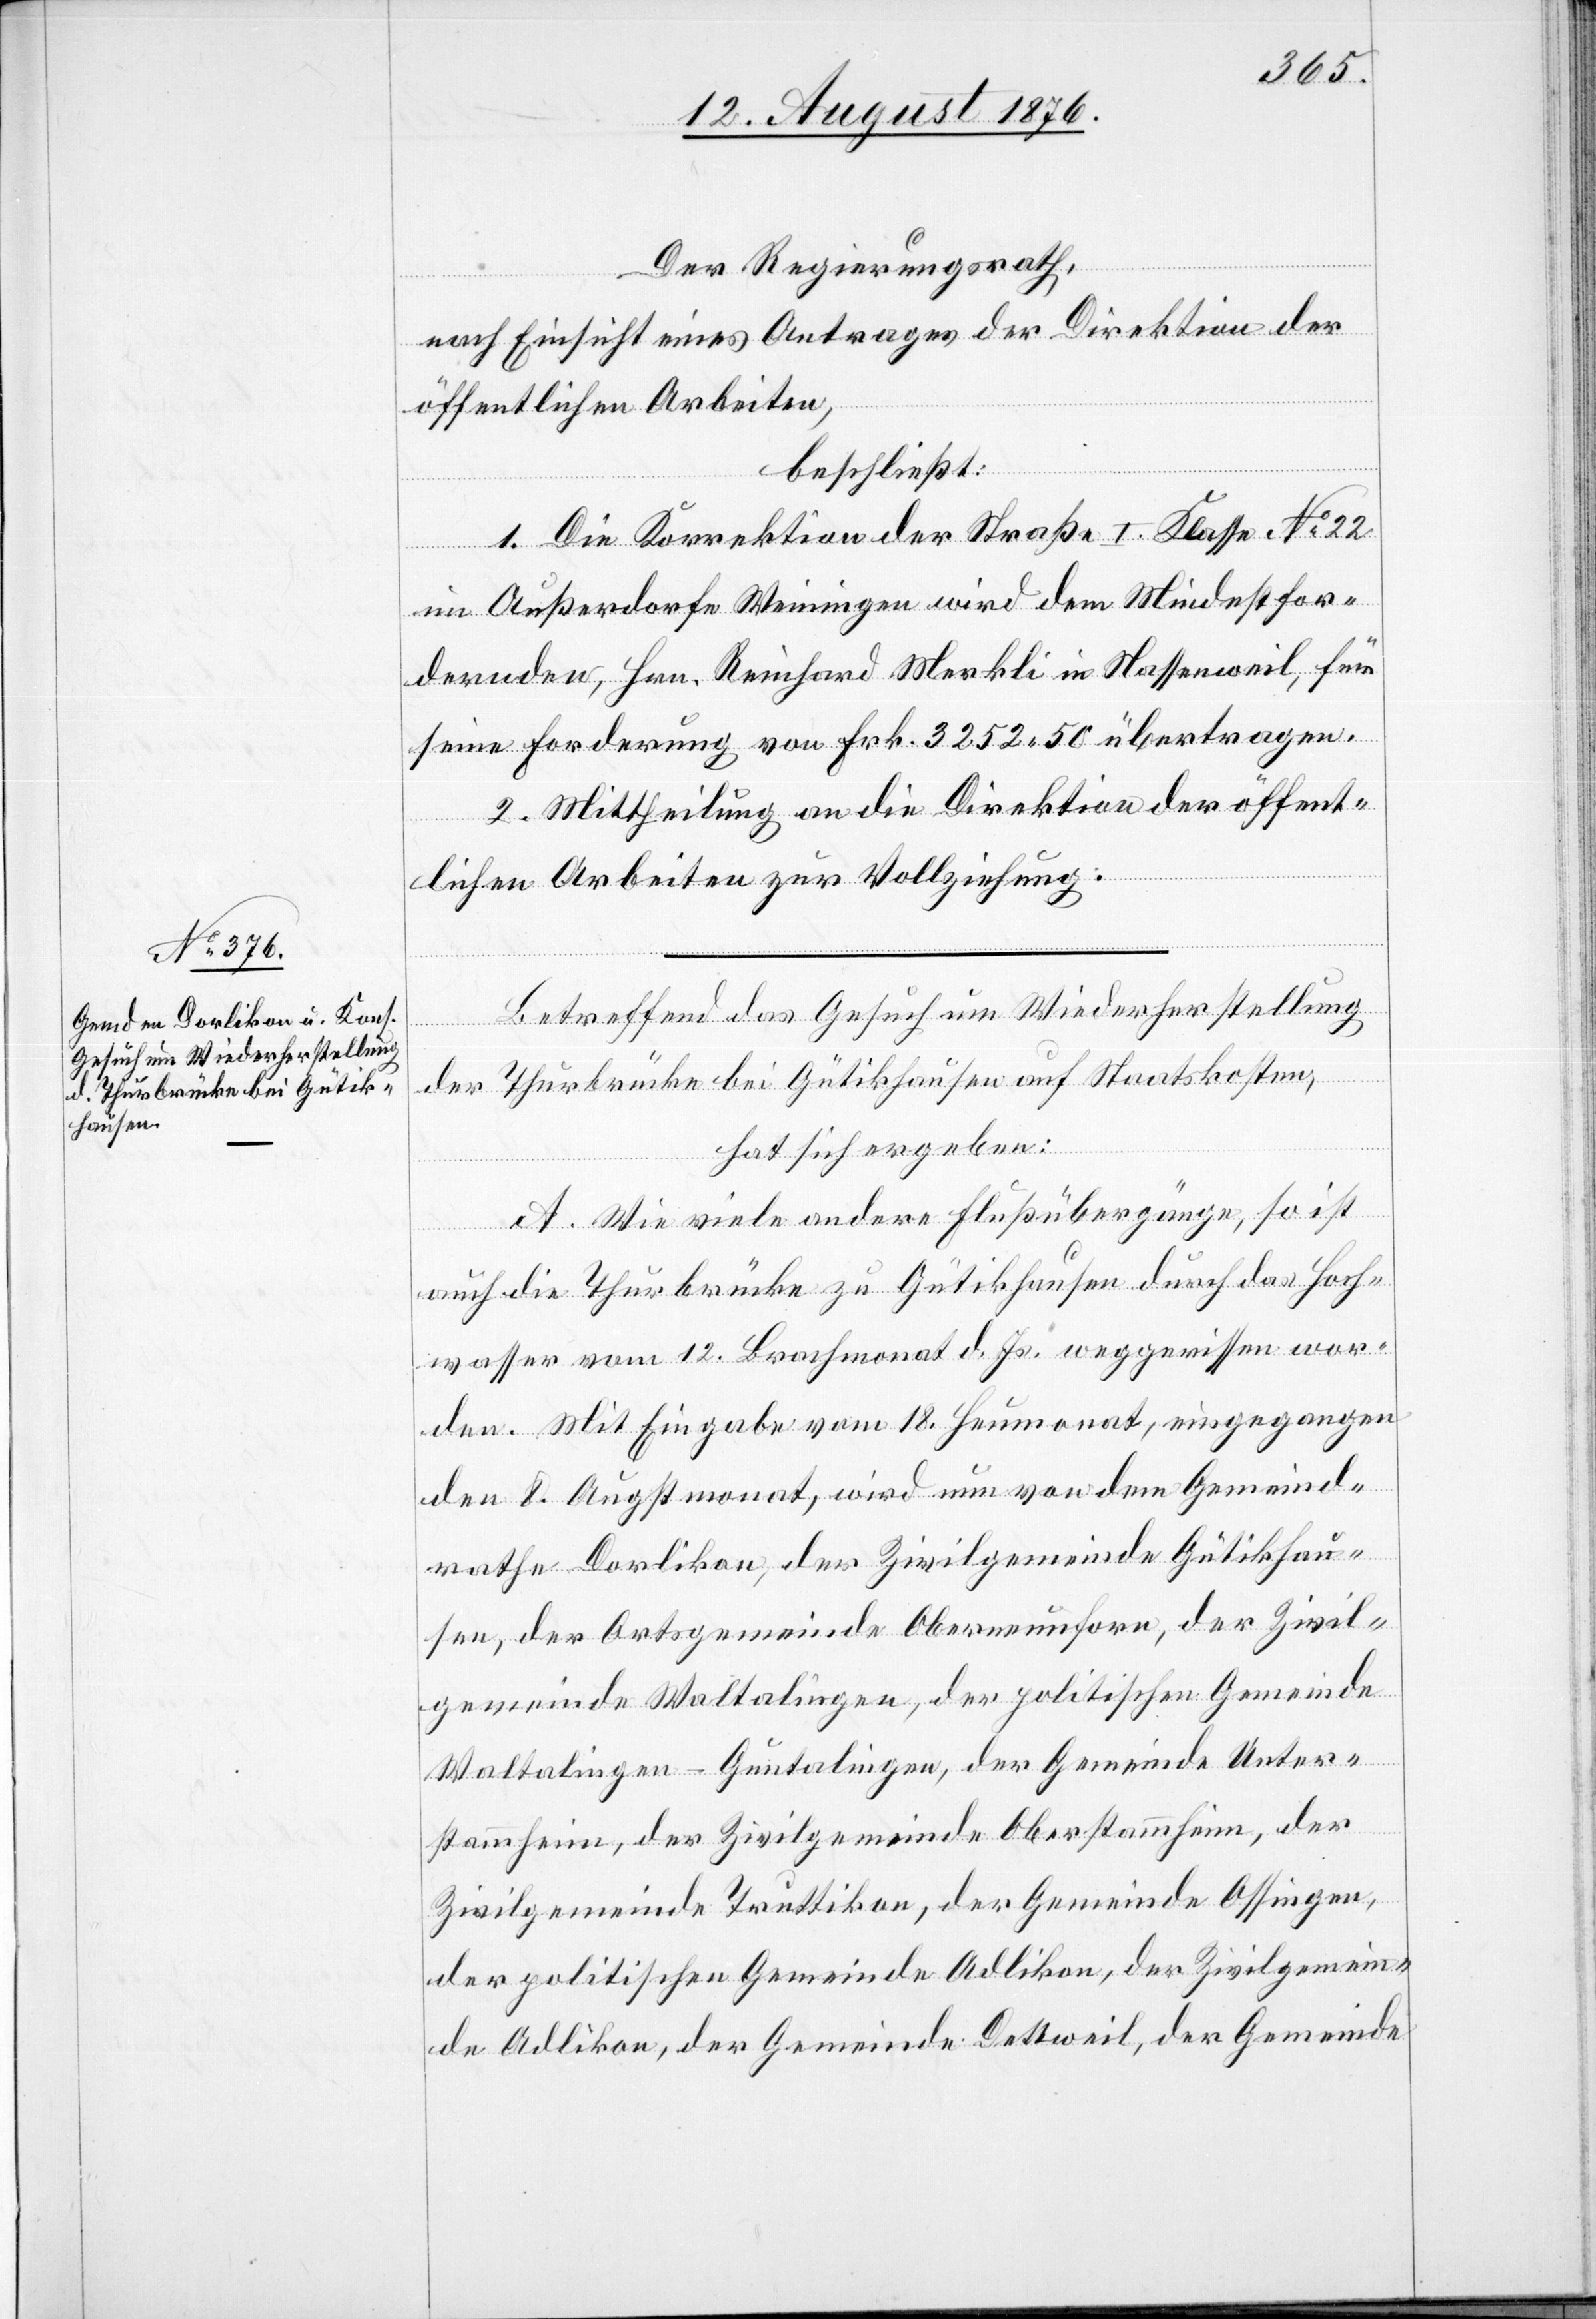
Der Regierungsrath,
nach Einsicht eines Antrages der Direktion der
öffentlichen Arbeiten,
beschließt:
1. Die Korrektion der Straße I. Klasse No 22
im Außerdorfe Weiningen wird dem Mindestfor¬
dernden, Hrn. Reinhard Merkli in Nassenweil [si¬
seine Forderung von Frk. 3252 50 übertragen.
2. Mittheilung an die Direktion der öffent¬
c!],
lichen Arbeiten zur Vollziehung.
Betreffend das Gesuch um Wiederherstellung
der Thurbrücke bei Gütikhausen auf Staatskosten,
hat sich ergeben:
A. Wie viele andere Flußübergänge, so ist
auch die Thurbrücke zu Gütikhausen durch das Hoch¬
wasser vom 12. Brachmonat d. Js. wegerissen wor¬
den. Mit Eingabe vom 18. Heumonat, eingegangen
den 8. Augstmonat, wird nun von dem Gemeind¬
rathe Dorlikon, der Zivilgemeinde Gütikhau¬
sen, der Ortsgemeinde Oberneunforn, der Zivil¬
gemeinde Waltalingen, der politischen Gemeinde
Waltalingen - Guntalingen, der Gemeinde Unter¬
stammheim, der Zivilgemeinde Oberstammheim, der
Zivilgemeinde Truttikon, der Gemeinde Ossingen,
der politischen Gemeinde Adlikon, der Zivilgemein¬
de Adlikon, der Gemeinde Dettweil, der Gemeinde